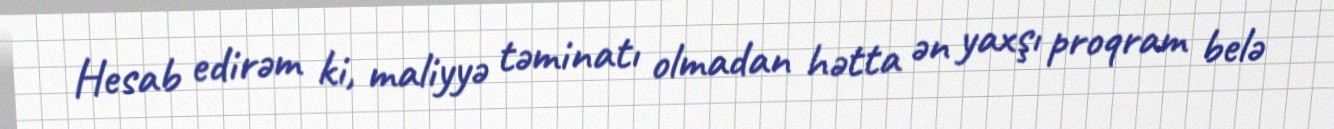
Hesab edirəm ki, maliyyə təminatı olmadan hətta ən yaxşı proqram belə